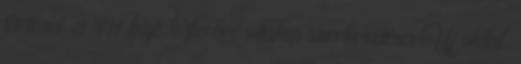
történet ‎ 3 441 bájt ‎Verőce vitalap szerkesztései Új oldal,